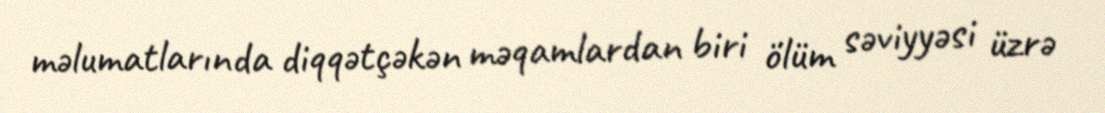
məlumatlarında diqqətçəkən məqamlardan biri ölüm səviyyəsi üzrə